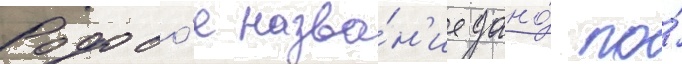
Родово́е назва́н'ие дано́ по́